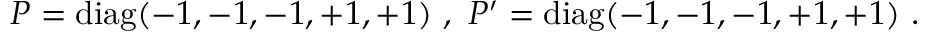
P = \mathrm { d i a g } ( - 1 , - 1 , - 1 , + 1 , + 1 ) ~ , ~ P ^ { \prime } = \mathrm { d i a g } ( - 1 , - 1 , - 1 , + 1 , + 1 ) ~ . ~ \,